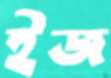
ইজ